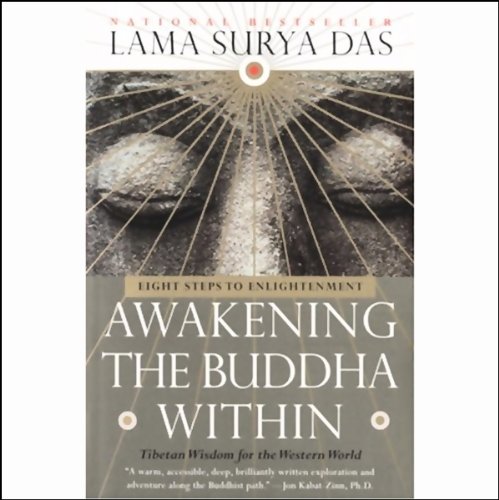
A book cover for Awakening the Buddha Within; Lama Surya Das; Religion & Spirituality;